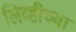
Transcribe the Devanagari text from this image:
लिव्हीच्या